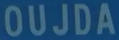
OUJDA